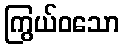
ကြွယ်ဝသော